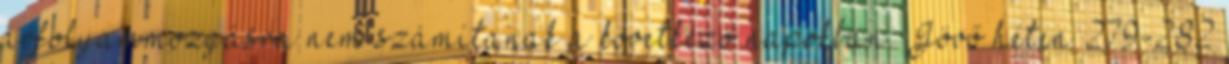
árfolyammozgásra nem számítanak a következő napokban. Jövő héten 279-282